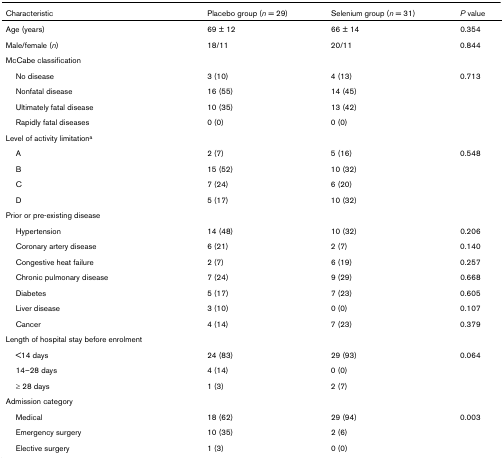
| Characteristic | Placebo group (n = 29) | Selenium group (n = 31) | P value |
 | --- | --- | --- | --- |
 | Age (years) | 69 ± 12 | 66 ± 14 | 0.354 |
 | Male/female (n) | 18/11 | 20/11 | 0.844 |
 | McCabe classification |  |  |  |
 | No disease | 3 (10) | 4 (13) | 0.713 |
 | Nonfatal disease | 16 (55) | 14 (45) |  |
 | Ultimately fatal disease | 10 (35) | 13 (42) |  |
 | Rapidly fatal diseases | 0 (0) | 0 (0) |  |
 | Level of activity limitationa |  |  |  |
 | A | 2 (7) | 5 (16) | 0.548 |
 | B | 15 (52) | 10 (32) |  |
 | C | 7 (24) | 6 (20) |  |
 | D | 5 (17) | 10 (32) |  |
 | Prior or pre-existing disease |  |  |  |
 | Hypertension | 14 (48) | 10 (32) | 0.206 |
 | Coronary artery disease | 6 (21) | 2 (7) | 0.140 |
 | Congestive heat failure | 2 (7) | 6 (19) | 0.257 |
 | Chronic pulmonary disease | 7 (24) | 9 (29) | 0.668 |
 | Diabetes | 5 (17) | 7 (23) | 0.605 |
 | Liver disease | 3 (10) | 0 (0) | 0.107 |
 | Cancer | 4 (14) | 7 (23) | 0.379 |
 | Length of hospital stay before enrolment |  |  |  |
 | <14 days | 24 (83) | 29 (93) | 0.064 |
 | 14–28 days | 4 (14) | 0 (0) |  |
 | ≥ 28 days | 1 (3) | 2 (7) |  |
 | Admission category |  |  |  |
 | Medical | 18 (62) | 29 (94) | 0.003 |
 | Emergency surgery | 10 (35) | 2 (6) |  |
 | Elective surgery | 1 (3) | 0 (0) |  |